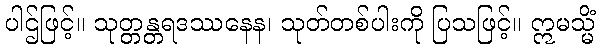
ပါဌ်ဖြင့်။ သုတ္တန္တရဒဿနေန၊ သုတ်တစ်ပါးကို ပြသဖြင့်။ ဣမသ္မိံ